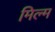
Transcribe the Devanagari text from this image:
मिल्म